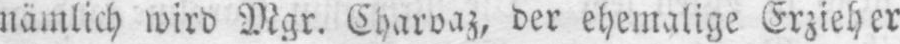
nämlich wird Mgr. Charvaz, der ehemalige Erzieher